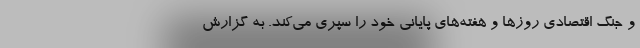
و جنگ اقتصادی روزها و هفته‌های پایانی خود را سپری می‌کند. به گزارش